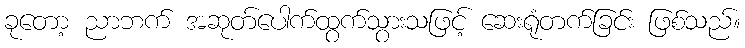
ခုတော့ ညာဘက် အဆုတ်ပေါက်ထွက်သွားသဖြင့် ဆေးရုံတက်ခြင်း ဖြစ်သည်။